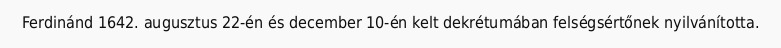
Ferdinánd 1642. augusztus 22-én és december 10-én kelt dekrétumában felségsértőnek nyilvánította.